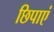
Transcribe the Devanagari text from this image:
छिपाएं